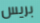
بريس